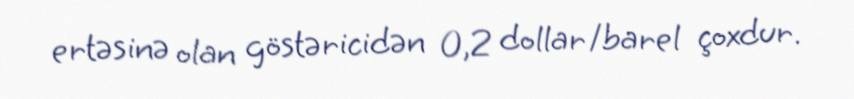
ertəsinə olan göstəricidən 0,2 dollar/barel çoxdur.